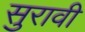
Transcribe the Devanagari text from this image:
सुरावी